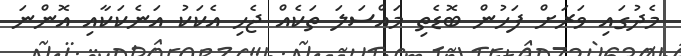
މެދުގައި ވަރަށް ފަހުން ބޮޑެތި މައްސަލަ ތަކެއް ޖެހި އެކަކު އަނެކަކާއި އޮންނަ